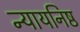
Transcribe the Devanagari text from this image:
न्यायनिष्ठ